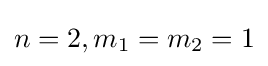
n=2,m_{1}=m_{2}=1